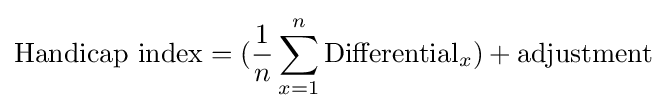
{\mbox{Handicap index}}=({\frac {1}{n}}\sum _{x=1}^{n}{\mbox{Differential}}_{x})+{\mbox{adjustment}}